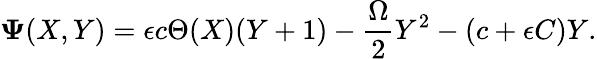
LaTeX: \mathbf{\Psi}(X,Y)=\epsilon c\Theta(X)(Y+1)-\frac{\Omega}{2}Y^{2}-(c+\epsilon C)Y.